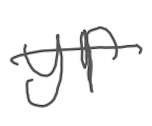
Text: Yr
Cross-out: mix
Writing tool: digital_gray